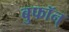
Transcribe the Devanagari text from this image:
बुफॉन्